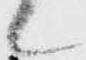
候